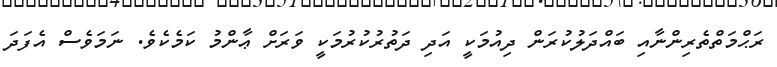
ރަޙްމަތްތެރިންނާއި ބައްދަލުކުރަން ދިއުމަކީ އަދި ދަތުރުކުރުމަކީ ވަރަށް ޢާންމު ކަމެކެވެ. ނަމަވެސް އެފަދަ